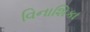
વિનાશિકા